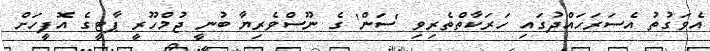
އެވަގުތު އެސަރަހައްދުގައި ހަރަކާތްތެރިވި 'ސަން' ގެ ނޫސްވެރިޔާ ބުނީ ޖުމްހޫރީ ޕާޓީގެ އޮފީހަށް